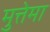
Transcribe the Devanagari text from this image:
मुत्तेमा